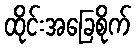
ထိုင်းအခြေစိုက်